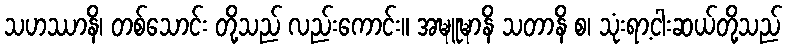
သဟဿာနိ၊ တစ်သောင်း တို့သည် လည်းကောင်း။ အဍ္ဎူဍ္ဎာနိ သတာနိ စ၊ သုံးရာ့ငါးဆယ်တို့သည်